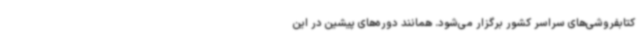
کتابفروشی‌های سراسر کشور برگزار می‌شود. همانند دوره‌های پیشین در این